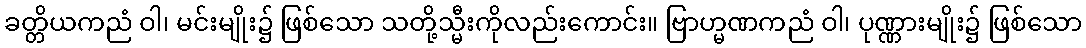
ခတ္တိယကညံ ဝါ၊ မင်းမျိုး၌ ဖြစ်သော သတို့သ္မီးကိုလည်းကောင်း။ ဗြာဟ္မဏကညံ ဝါ၊ ပုဏ္ဏားမျိုး၌ ဖြစ်သော